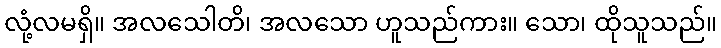
လုံ့လမရှိ။ အလသေါတိ၊ အလသော ဟူသည်ကား။ သော၊ ထိုသူသည်။